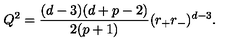
Q ^ { 2 } = \frac { ( d - 3 ) ( d + p - 2 ) } { 2 ( p + 1 ) } ( r _ { + } r _ { - } ) ^ { d - 3 } .